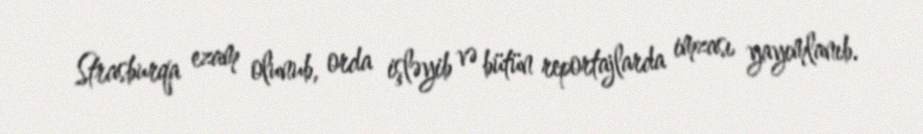
Strasburqa ezam olunub, orda işləyib və bütün reportajlarda imzası yayımlanıb.